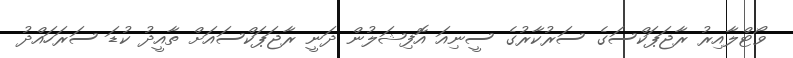
ވޯޓްލާއިރު ރާޖަޕަކްސަގެ ސަރުކާރުގެ ސީނިއަ އޮފިޝަލުން ދަނީ ރާޖަޕަކްސައަށް ތާއީދު ކުޑަ ސަރަހައްދު